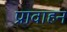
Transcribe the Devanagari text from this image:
प्रावाहन